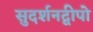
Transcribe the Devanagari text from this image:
सुदर्शनद्वीपो